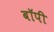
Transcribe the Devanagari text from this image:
बॉपी